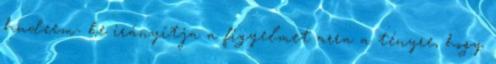
hudeem- be irányítja a figyelmet arra a tényre, hogy